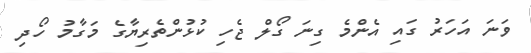
ވަނަ އަހަރު ގައި އެންމެ ގިނަ ގޯލް ޖެހި ކުޅުންތެރިޔާގެ މަގާމު ހޯދި